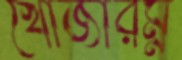
খোঁজারম্ন